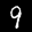
Label: 9